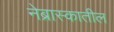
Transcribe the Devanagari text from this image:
नेब्रास्कातील